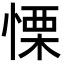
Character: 慄